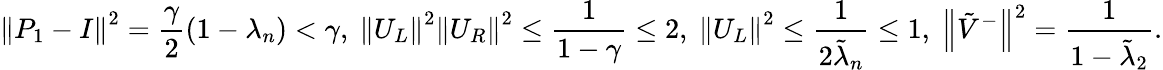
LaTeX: \left\Vert P_{1}-I\right\Vert^{2}=\frac{\gamma}{2}(1-\lambda_{n})<\gamma,\ \left\Vert U_{L}\right\Vert^{2}\left\Vert U_{R}\right\Vert^{2}\leq\frac{1}{1-\gamma}\leq 2,\ \left\Vert U_{L}\right\Vert^{2}\leq\frac{1}{2\tilde{\lambda}_{n}}\leq 1,\ \left\Vert\tilde{V}^{-}\right\Vert^{2}=\frac{1}{1-\tilde{\lambda}_{2}}.